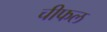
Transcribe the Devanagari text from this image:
चीफल